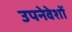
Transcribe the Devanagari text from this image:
उपनेवेशों